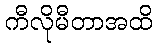
ကီလိုမီတာအထိ